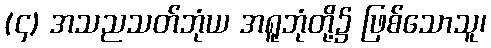
(၄) အသညသတ်ဘုံယ အရူဘုံတို့၌ ဖြစ်သောသူ၊